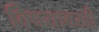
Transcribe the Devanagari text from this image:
विषयावरही